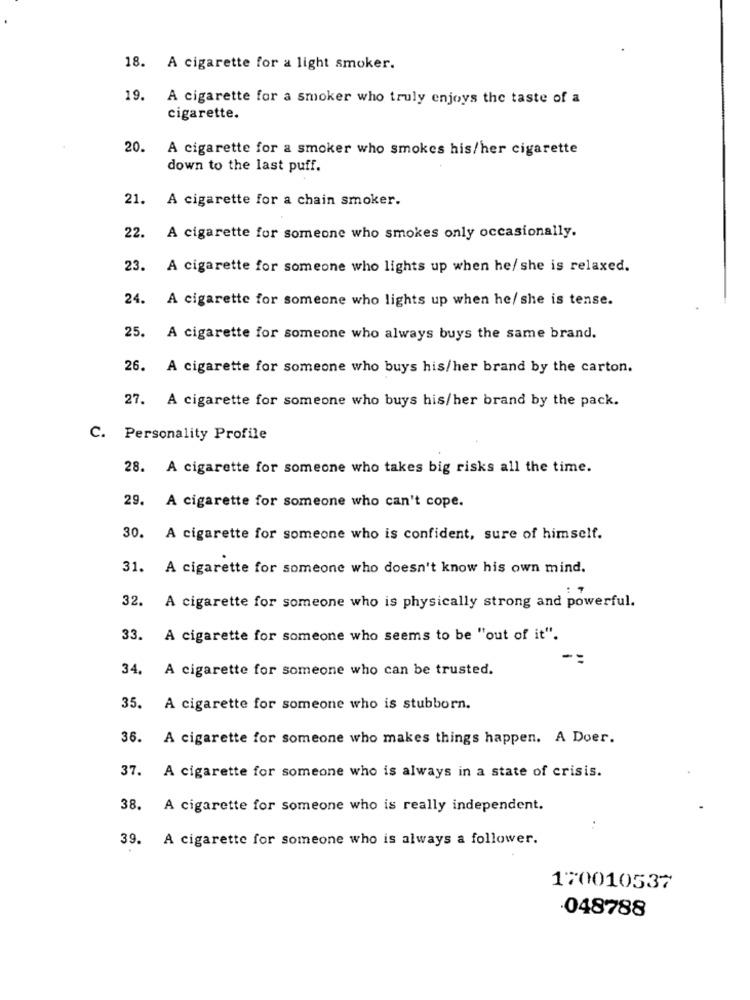
18. A cigarette for a light smoker.
19.
A cigarette for a smoker who truly enjoys the taste of a
cigarette.
20.
A cigarette for a smoker who smokes his/her cigarette
down to the last puff.
21.
A cigarette for a chain smoker.
22. A cigarette for someone who smokes only occasionally.
23. A cigarette for someone who lights up when he/ she is relaxed.
24. A cigarette for someone who lights up when he/ she is tense.
25. A cigarette for someone who always buys the same brand.
26. A cigarette for someone who buys his/her brand by the carton.
27. A cigarette for someone who buys his/her brand by the pack.
C. Personality Profile
28. A cigarette for someone who takes big risks all the time.
29. A cigarette for someone who can't cope.
30. A cigarette for someone who is confident, sure of himself.
31.
A cigarette for someone who doesn't know his own mind.
32.
A cigarette for someone who is physically strong and powerful.
33. A cigarette for someone who seems to be "out of it".
34.
A cigarette for someone who can be trusted.
35.
A cigarette for someone who is stubborn.
36. A cigarette for someone who makes things happen. A Doer.
37.
A cigarette for someone who is always in a state of crisis.
38.
A cigarette for someone who is really independent.
:
39.
A cigarette for someone who is always a follower.
170010537
.048788